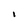
Character: I